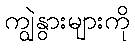
ကျွဲနွားများကို